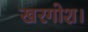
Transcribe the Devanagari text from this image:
खरगोश।